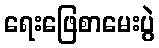
ရေးဖြေစာမေးပွဲ